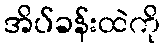
အိပ်ခန်းထဲကို